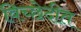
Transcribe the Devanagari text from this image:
विच्छेदीत